Vaccine operations Central Provinces 1900-1911 - 1900-1911
Year: 1900
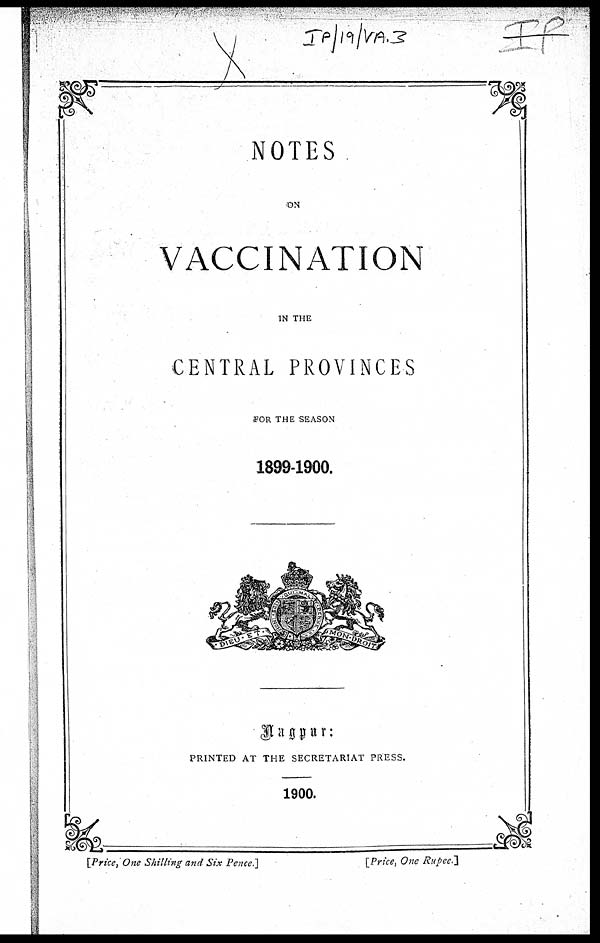
NOTES
ON
VACCINATION
IN THE
CENTRAL PROVINCES
FOR THE SEASON
1899-1900.
Nagpur:
PRINTED AT THE SECRETARIAT PRESS.
1900.
[Price, One Shilling and Six Pence.]
[Price, One Rupee.]